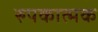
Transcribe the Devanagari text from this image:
रुपकात्मक